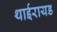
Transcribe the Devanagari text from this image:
थाईरायड